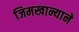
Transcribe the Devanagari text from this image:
जिमखान्याने